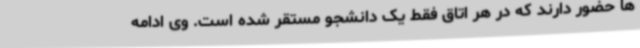
ها حضور دارند که در هر اتاق فقط یک دانشجو مستقر شده است. وی ادامه